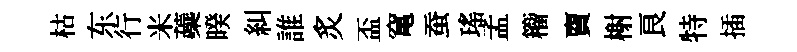
枯东行米蘃暌糾誰炙盃𥧄蚕瑤孟籕𧶠榭良特插